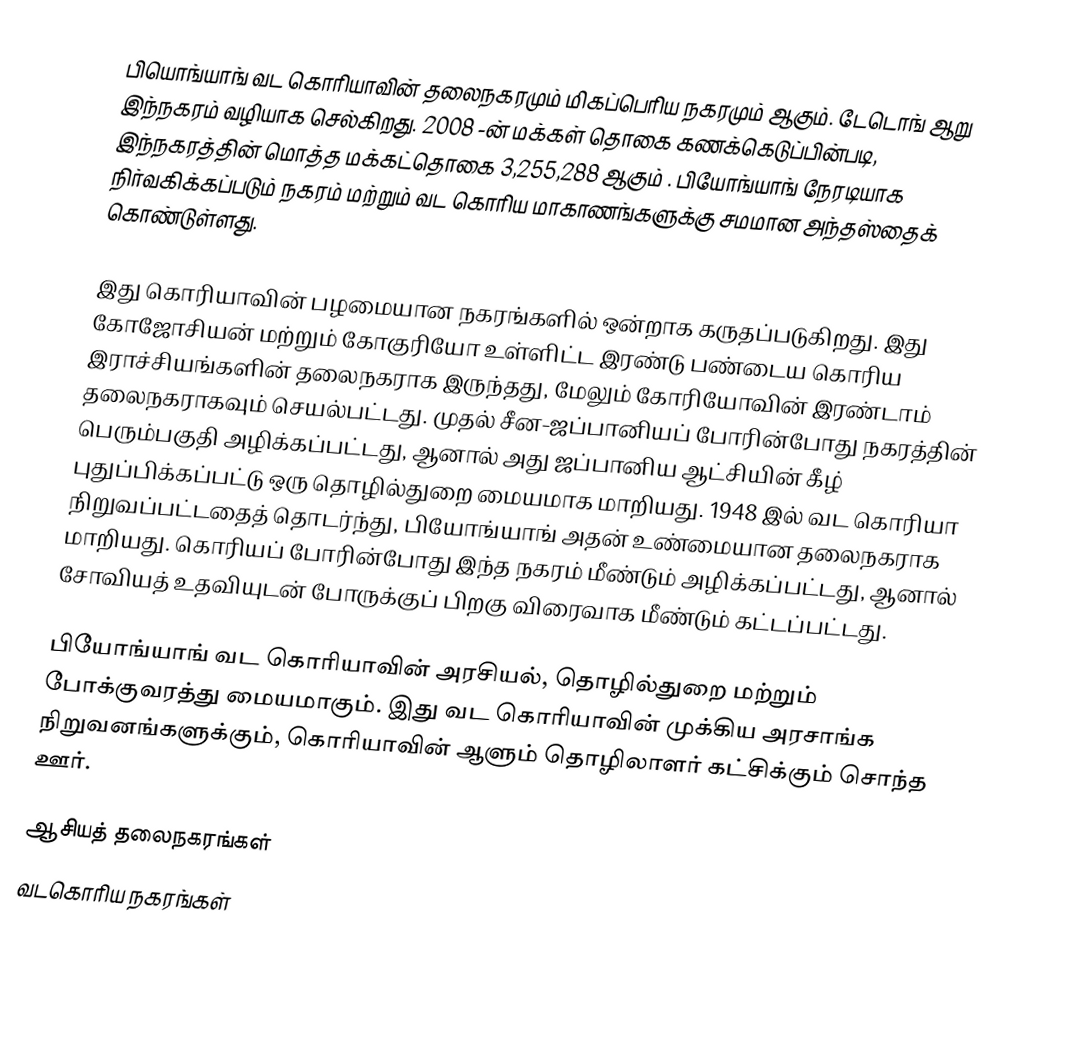
பியொங்யாங் வட கொரியாவின் தலைநகரமும் மிகப்பெரிய நகரமும் ஆகும். டேடொங் ஆறு இந்நகரம் வழியாக செல்கிறது. 2008 -ன் மக்கள் தொகை கணக்கெடுப்பின்படி, இந்நகரத்தின் மொத்த மக்கட்தொகை  3,255,288 ஆகும் . பியோங்யாங்  நேரடியாக நிர்வகிக்கப்படும் நகரம்  மற்றும்  வட கொரிய மாகாணங்களுக்கு சமமான அந்தஸ்தைக் கொண்டுள்ளது.

இது கொரியாவின் பழமையான நகரங்களில் ஒன்றாக கருதப்படுகிறது.  இது கோஜோசியன் மற்றும் கோகுரியோ உள்ளிட்ட இரண்டு பண்டைய கொரிய இராச்சியங்களின் தலைநகராக இருந்தது, மேலும் கோரியோவின் இரண்டாம் தலைநகராகவும் செயல்பட்டது. முதல் சீன-ஜப்பானியப் போரின்போது நகரத்தின் பெரும்பகுதி அழிக்கப்பட்டது, ஆனால் அது ஜப்பானிய ஆட்சியின் கீழ் புதுப்பிக்கப்பட்டு ஒரு தொழில்துறை மையமாக மாறியது. 1948 இல் வட கொரியா நிறுவப்பட்டதைத் தொடர்ந்து, பியோங்யாங் அதன் உண்மையான தலைநகராக மாறியது. கொரியப் போரின்போது இந்த நகரம் மீண்டும் அழிக்கப்பட்டது, ஆனால் சோவியத் உதவியுடன் போருக்குப் பிறகு விரைவாக மீண்டும் கட்டப்பட்டது.

பியோங்யாங் வட கொரியாவின் அரசியல், தொழில்துறை மற்றும் போக்குவரத்து மையமாகும். இது வட கொரியாவின் முக்கிய அரசாங்க நிறுவனங்களுக்கும், கொரியாவின் ஆளும் தொழிலாளர் கட்சிக்கும் சொந்த ஊர்.

ஆசியத் தலைநகரங்கள்
வடகொரிய நகரங்கள்